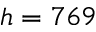
h = 7 6 9